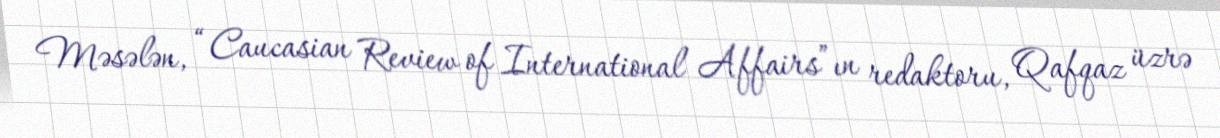
Məsələn, “Caucasian Review of International Affairs”ın redaktoru, Qafqaz üzrə